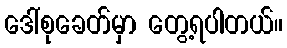
ဒေါ်စုခေတ်မှာ တွေ့ရပါတယ်။